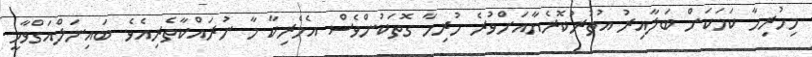
މިހުރިހާ ކަމަކަށް ބަލާއިރު އުތުރުކޮރެޔާއަށްވުރެ ހުރިހާ ގޮތަކުންވެސް އެމެރިކާ މާ ނުރައްކާތެރިއެވެ. ބައިނަލްއަގްވާމީ